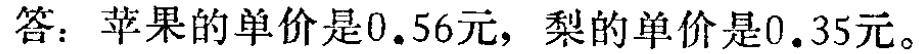
答：苹果的单价是\(0.56\)元，梨的单价是\(0.35\)元。